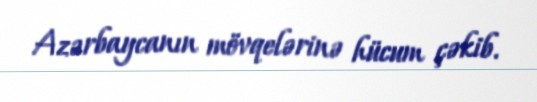
Azərbaycanın mövqelərinə hücum çəkib.